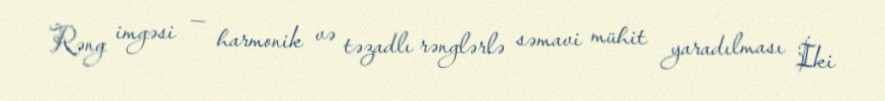
Rəng imgəsi — harmonik və təzadlı rənglərlə səmavi mühit yaradılması İki